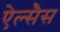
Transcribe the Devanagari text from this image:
ऐल्सैस